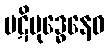
ပဋိဗုဒ္ဓေနေဝ